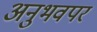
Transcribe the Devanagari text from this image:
अनुभवपर